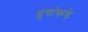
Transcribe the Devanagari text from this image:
ध्रुवांकडे